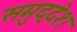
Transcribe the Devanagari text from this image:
समुद्देश